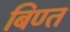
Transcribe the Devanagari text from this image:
बिण्त